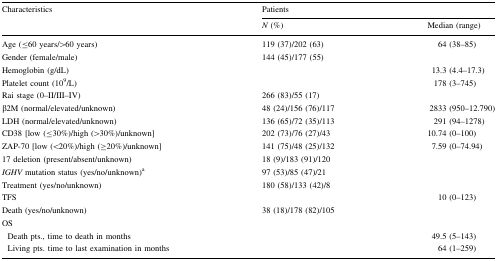
<table><thead><tr><td rowspan="2"><b>Characteristics</b></td><td colspan="2"><b>Patients</b></td></tr><tr><td><b><i>N</i> (%)</b></td><td><b>Median (range)</b></td></tr></thead><tbody><tr><td>Age (≤60 years/&gt;60 years)</td><td>119 (37)/202 (63)</td><td>64 (38–85)</td></tr><tr><td>Gender (female/male)</td><td>144 (45)/177 (55)</td><td></td></tr><tr><td>Hemoglobin (g/dL)</td><td></td><td>13.3 (4.4–17.3)</td></tr><tr><td>Platelet count (10<sup>9</sup>/L)</td><td></td><td>178 (3–745)</td></tr><tr><td>Rai stage (0–II/III–IV)</td><td>266 (83)/55 (17)</td><td></td></tr><tr><td>β2M (normal/elevated/unknown)</td><td>48 (24)/156 (76)/117</td><td>2833 (950–12.790)</td></tr><tr><td>LDH (normal/elevated/unknown)</td><td>136 (65)/72 (35)/113</td><td>291 (94–1278)</td></tr><tr><td>CD38 [low (≤30%)/high (&gt;30%)/unknown]</td><td>202 (73)/76 (27)/43</td><td>10.74 (0–100)</td></tr><tr><td>ZAP-70 [low (&lt;20%)/high (≥20%)/unknown]</td><td>141 (75)/48 (25)/132</td><td>7.59 (0–74.94)</td></tr><tr><td>17 deletion (present/absent/unknown)</td><td>18 (9)/183 (91)/120</td><td></td></tr><tr><td><i>IGHV</i> mutation status (yes/no/unknown)<sup>a</sup></td><td>97 (53)/85 (47)/21</td><td></td></tr><tr><td>Treatment (yes/no/unknown)</td><td>180 (58)/133 (42)/8</td><td></td></tr><tr><td>TFS</td><td></td><td>10 (0–123)</td></tr><tr><td>Death (yes/no/unknown)</td><td>38 (18)/178 (82)/105</td><td></td></tr><tr><td colspan="3">OS</td></tr><tr><td> Death pts., time to death in months</td><td></td><td>49.5 (5–143)</td></tr><tr><td> Living pts. time to last examination in months</td><td></td><td>64 (1–259)</td></tr></tbody></table>